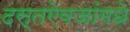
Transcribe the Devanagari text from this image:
दस्तऐवजांमधे